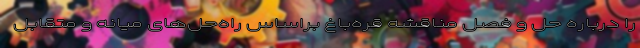
را درباره حل و فصل مناقشه قره‌باغ براساس راه‌حل‌های میانه و متقابل